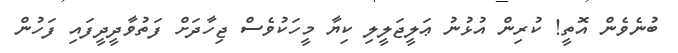
ބުނެވެން އޮތީ! ކުރިން އުޅުނު ޢަލީޖަލީލި ކިޔާ މީހަކުވެސް ޖިހާދަށް ފަތުވާދީދީފައި ފަހުން